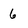
Character: 6